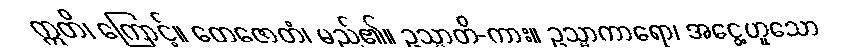
ဣတိ၊ ကြောင့်။ တေဇောတံ၊ မည်၏။ ဥသ္မာတိ-ကား။ ဥသ္မာကာရော၊ အငွေ့ဟူသော